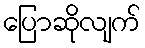
ပြောဆိုလျက်